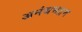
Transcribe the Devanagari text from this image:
अनंथभद्रम